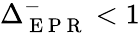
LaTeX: \Delta_{\mathrm{~E~P~R~}}^{-}<1